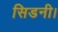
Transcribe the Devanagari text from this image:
सिडनी।